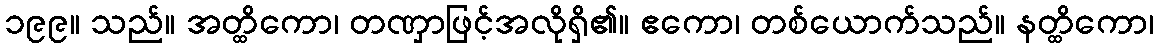
၁၉၉။ သည်။ အတ္ထိကော၊ တဏှာဖြင့်အလိုရှိ၏။ ဧကော၊ တစ်ယောက်သည်။ နတ္ထိကော၊